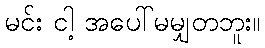
မင်း ငါ့ အပေါ်မမျှတဘူး။